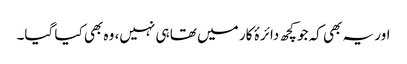
اور یہ بھی کہ جو کچھ دائرۂ کار میں تھا ہی نہیں، وہ بھی کیا گیا۔